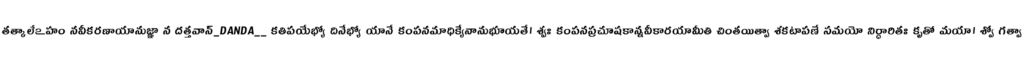
తత్కాలేఽహం నవీకరణాయానుజ్ఞా న దత్తవాన్_DANDA__ కతిపయేభ్యో దినేభ్యో యానే కంపనమాధిక్యేనానుభూయతే। శ్వః కంపనప్రచూషకాన్నవీకారయామీతి చింతయిత్వా శకటాపణే సమయో నిర్ధారితః కృతో మయా। శ్వో గత్వా